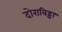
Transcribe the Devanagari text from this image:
दोराबिड्डा